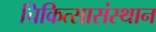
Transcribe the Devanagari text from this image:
चिकित्सासंस्थान